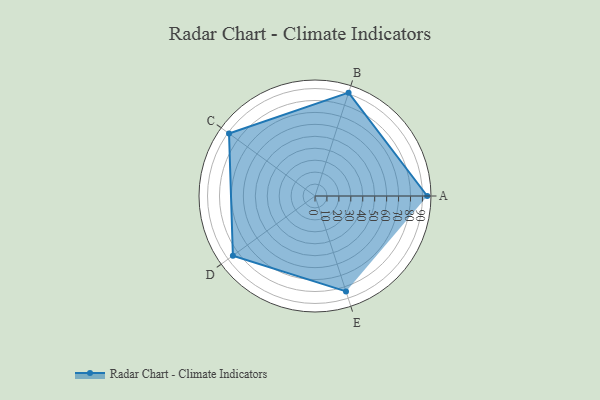
{"axis": {"x": "Skill", "y": "Score"}, "legend": ["Profile"], "data": [{"x": "A", "y": 94.0, "type": "Profile"}, {"x": "B", "y": 91.0, "type": "Profile"}, {"x": "C", "y": 89.0, "type": "Profile"}, {"x": "D", "y": 85.0, "type": "Profile"}, {"x": "E", "y": 84.0, "type": "Profile"}]}